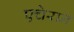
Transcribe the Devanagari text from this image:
एचेरान